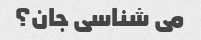
می شناسی جان؟